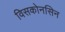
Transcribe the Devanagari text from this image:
विसकोनसिन